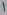
Text: 1